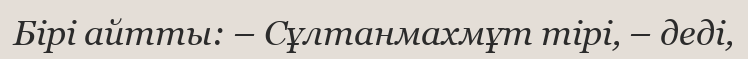
Бірі айтты: – Сұлтанмахмұт тірі, – деді,